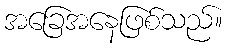
အခြေအနေဖြစ်သည်။